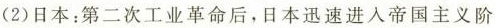
(2)日本：第二次工业革命后，日本迅速进入帝国主义阶